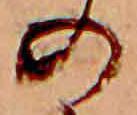
の